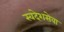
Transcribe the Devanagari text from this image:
स्वदेशसेवा